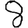
Digit: 8